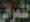
الشمراني